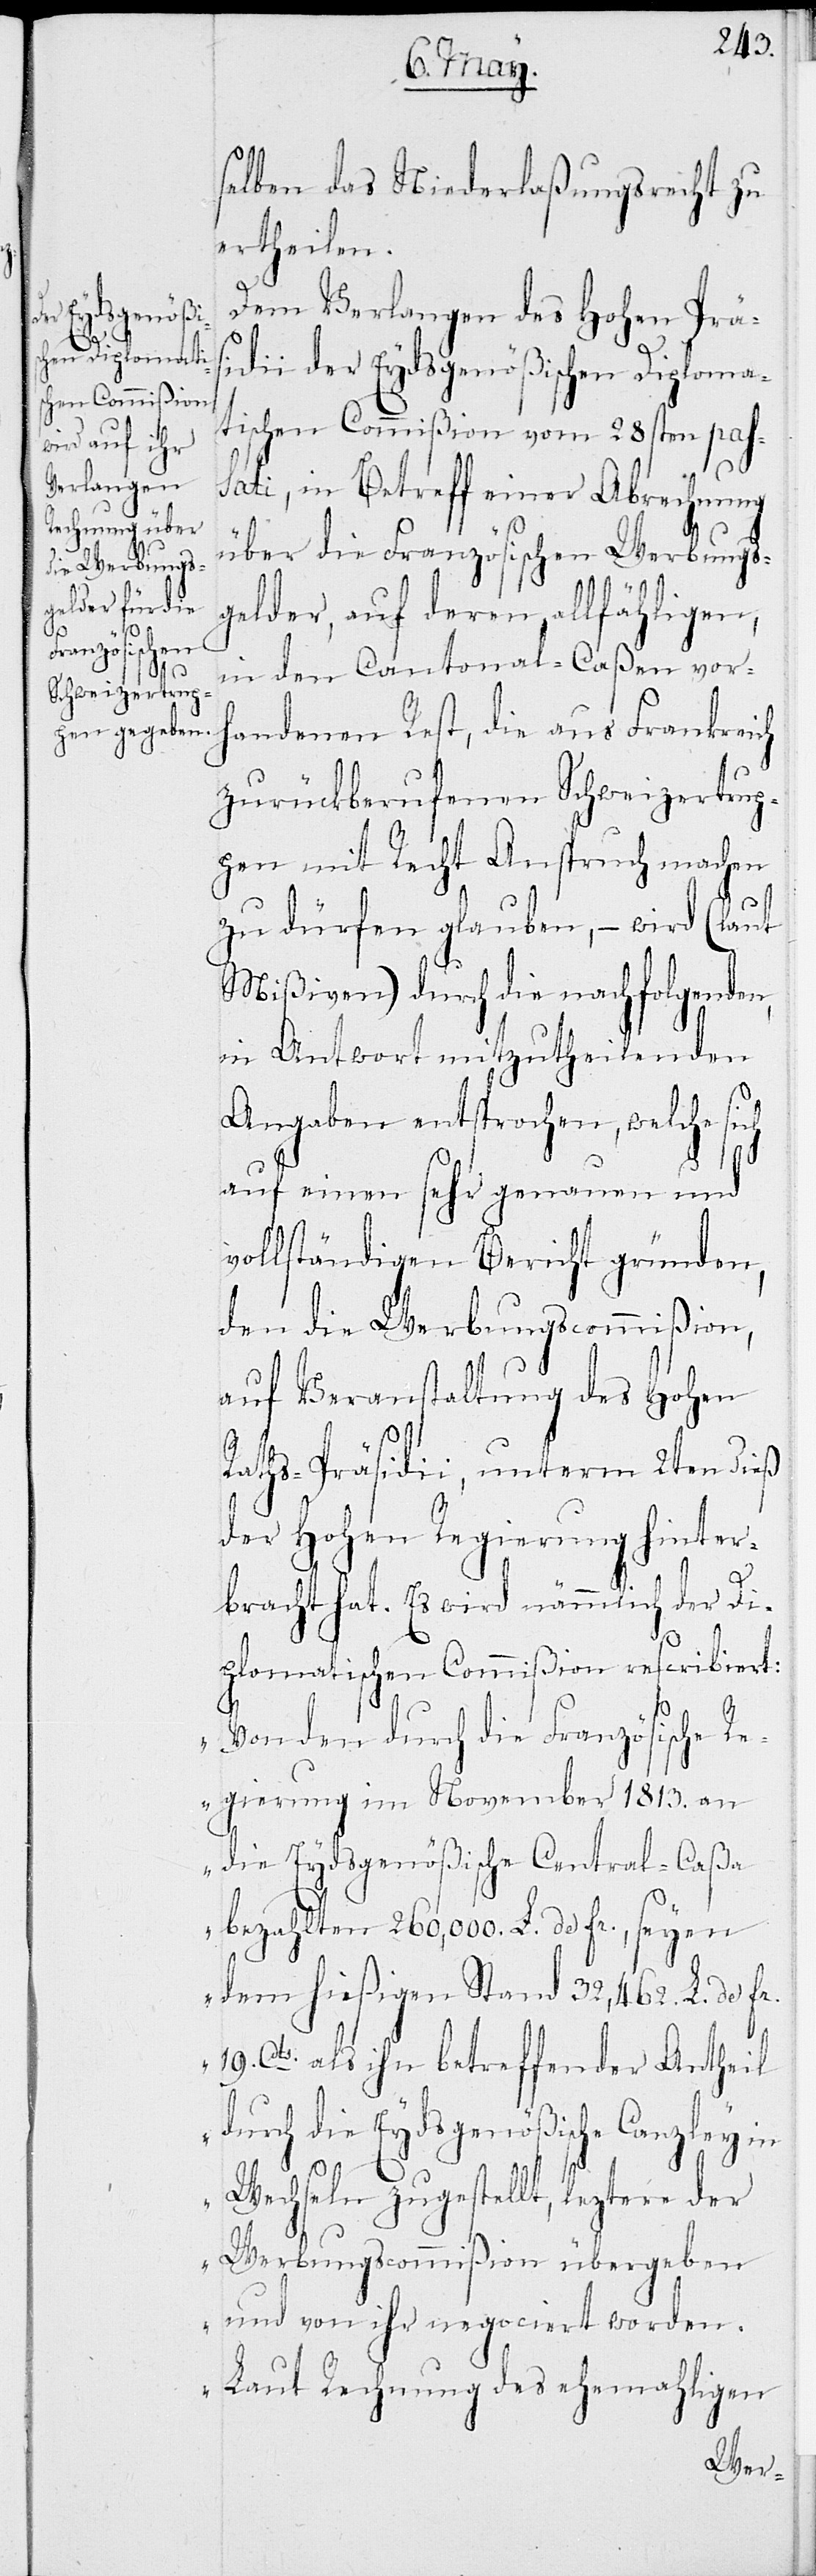
Verlangen
r.
ch

selben das Niederlaßungsrecht zu
ertheilen.
idii der Eydsgenößischen Diploma¬
tischen Commißion vom 28sten pas¬
sati, in Betreff einer Abrechnung
über die Französischen Werbungs¬
gelder, auf deren allfähligen,
in den Cantonal-Caßen vorh¬
andenen Rest, die aus Frankreich
zurückberufenen Schweizertrup¬
pen mit Recht Anspruch machen
zu dürfen glauben, – wird (laut
Mißiven) durch die nachfolgenden,
in Antwort mitzutheilenden
Angaben entsprochen, welche si¬
auf einen sehr genauen und
vollständigen Bericht gründen,
den die Werbungscommißion,
auf Veranstaltung des Hohen
Raths-Präsidii, unterm 2ten dieß
der Hohen Regierung hinter¬
bracht hat. Es wird nämmlich der Di¬
plomatischen Commißion rescribiert:
„Von den durch die Französische
Regierung im November 1813. an
die Eydsgenößische Central-Caßa
bezahlten 260,000. L. de fr., seyen
dem hießigen Stand 32,462. L. de f¬
19. Cts. als ihn betreffender Antheil
durch die Eydsgenößische Canzley in
Wechseln zugestellt, leztere der
Werbungscommißion übergeben
und von ihr negociert worden.
Laut Rechnung des ehemaligen